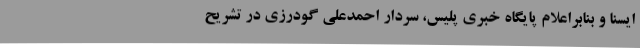
ایسنا و بنابراعلام پایگاه خبری پلیس، سردار احمدعلی گودرزی در تشریح